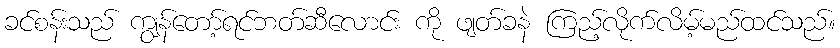
ခင်စန်းသည် ကျွန်တော့်ရင်ဘတ်ဆီလောင်း ကို ဖျတ်ခနဲ ကြည့်လိုက်လိမ့်မည်ထင်သည်။